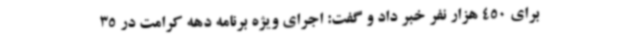
برای 450 هزار نفر خبر داد و گفت: اجرای ویژه برنامه دهه کرامت در 35